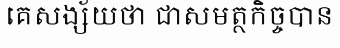
គេសង្ស័យថា ជាសមត្ថកិច្ចបាន